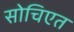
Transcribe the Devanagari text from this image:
सोचिएत